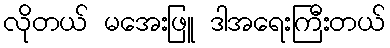
လိုတယ် မအေးဖြူ ဒါအရေးကြီးတယ်